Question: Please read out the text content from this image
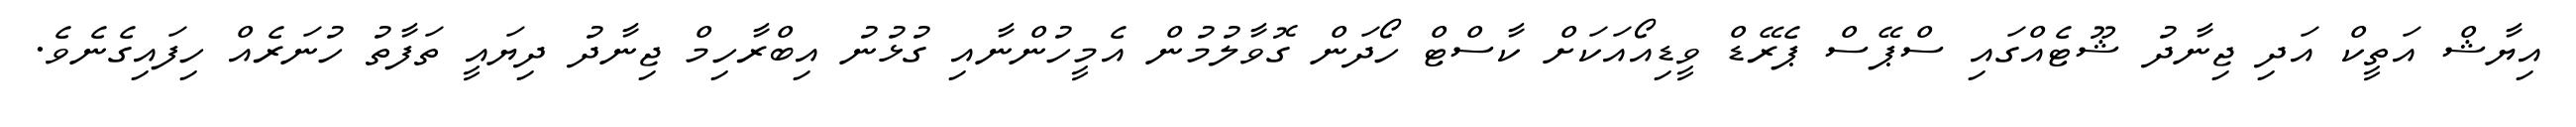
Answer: އިޔާޝް އަތީކް އަދި ޖިނާދު ޝޫޓެއްގައި ސްޕޭސް ޕެރޭޑް ވީޑިއޯއަކަށް ކާސްޓް ހޯދަން ގޮވާލުމުން އެމީހުންނާއި ގުޅުނު އިބްރާހިމް ޖިނާދު ދިޔައީ ތަފާތު ހުނަރެއް ހިފައިގެނެވެ.